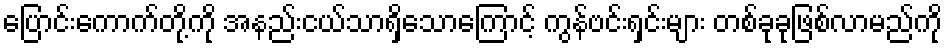
ပြောင်းကောက်တို့ကို အနည်းငယ်သာရှိသောကြောင့် ကွန်ဗင်းရှင်းများ တစ်ခုခုဖြစ်လာမည်ကို